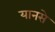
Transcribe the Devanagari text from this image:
यानसे